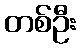
တစ်ဦး